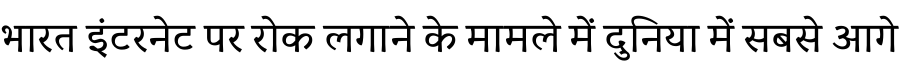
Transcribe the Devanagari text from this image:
भारत इंटरनेट पर रोक लगाने के मामले में दुनिया में सबसे आगे